Treatise on elephants
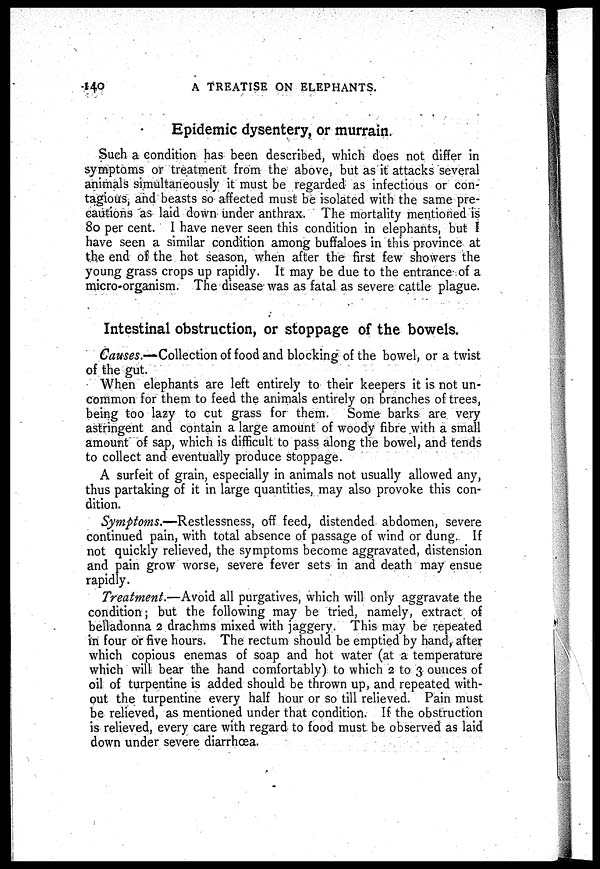
140
A TREATISE ON ELEPHANTS.
Epidemic dysentery, or murrain.
Such a condition has been described, which does not differ in
symptoms or treatment from the above, but as it attacks several
animals simultaneously it must be regarded as infectious or con-
tagious, and beasts so affected must be isolated with the same pre-
cautions as laid down under anthrax. The mortality mentioned is
80 per cent. I have never seen this condition in elephants, but I
have seen a similar condition among buffaloes in this province at
the end of the hot season, when after the first few showers the
young grass crops up rapidly. It may be due to the entrance of a
micro-organism. The disease was as fatal as severe cattle plague.
Intestinal obstruction, or stoppage of the bowels.
Causes.—Collection of food and blocking of the bowel, or a twist
of the gut.
When elephants are left entirely to their keepers it is not un-
common for them to feed the animals entirely on branches of trees,
being too lazy to cut grass for them. Some barks are very
astringent and contain a large amount of woody fibre with a small
amount of sap, which is difficult to pass along the bowel, and tends
to collect and eventually produce stoppage.
A surfeit of grain, especially in animals not usually allowed any,
thus partaking of it in large quantities, may also provoke this con-
dition.
Symptoms.—Restlessness, off feed, distended abdomen, severe
continued pain, with total absence of passage of wind or dung. If
not quickly relieved, the symptoms become aggravated, distension
and pain grow worse, severe fever sets in and death may ensue
rapidly.
Treatment.—Avoid all purgatives, which will only aggravate the
condition; but the following may be tried, namely, extract of
belladonna 2 drachms mixed with jaggery. This may be repeated
in four or five hours. The rectum should be emptied by hand, after
which copious enemas of soap and hot water (at a temperature
which will bear the hand comfortably) to which 2 to 3 ounces of
oil of turpentine is added should be thrown up, and repeated with-
out the turpentine every half hour or so till relieved. Pain must
be relieved, as mentioned under that condition. If the obstruction
is relieved, every care with regard to food must be observed as laid
down under severe diarrhœa.